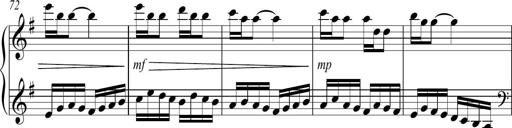
Title: Sonatina no. 2
Composer: Brian Henderson-Sellers
Key: G major